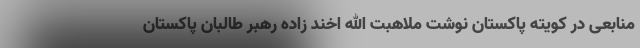
منابعی در کویته پاکستان نوشت ملاهبت الله اخند زاده رهبر طالبان پاکستان